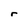
Character: r